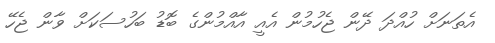
އެތަނަށް ހުއްދަ ދޭން ޖެހުމުން އެއީ އާއްމުންގެ ބޮޑު ބަހުސަކަށް ވާން ޖެހޭ